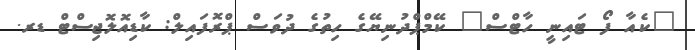
"ކެއާ ފޯ ޓައިނީ ހާޓްސް" ކޭމްޕްދުނިޔޭގެ ހިތުގެ ދުވަސް ޕްރޮފައިލް: ކާޑިއޮލޮޖިސްޓް ޑރ.